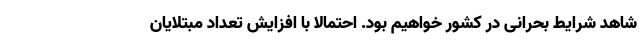
شاهد شرایط بحرانی در کشور خواهیم بود. احتمالا با افزایش تعداد مبتلایان